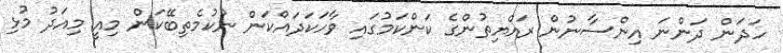
ހަދަން ދަންނަ އިންސާނުން ރައްޔިތުންގެ ކަންކަމުގައި ވާހަކަދައްކަން ނުކުމެތިބޭކަން މިއީ މިއަދު މުޅި